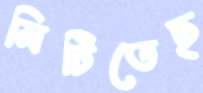
মিটিতেছ